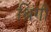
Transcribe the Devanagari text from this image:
श्रिंगी